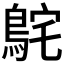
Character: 𮬸